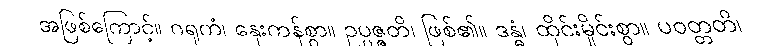
အဖြစ်ကြောင့်။ ဂရုကံ၊ နှေးကန်စွာ။ ဥပ္ပဇ္ဇတိ၊ ဖြစ်၏။ ဒန္ဓံ၊ ထိုင်းမှိုင်းစွာ။ ပဝတ္တတိ၊